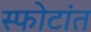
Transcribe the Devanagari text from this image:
स्फोटांत